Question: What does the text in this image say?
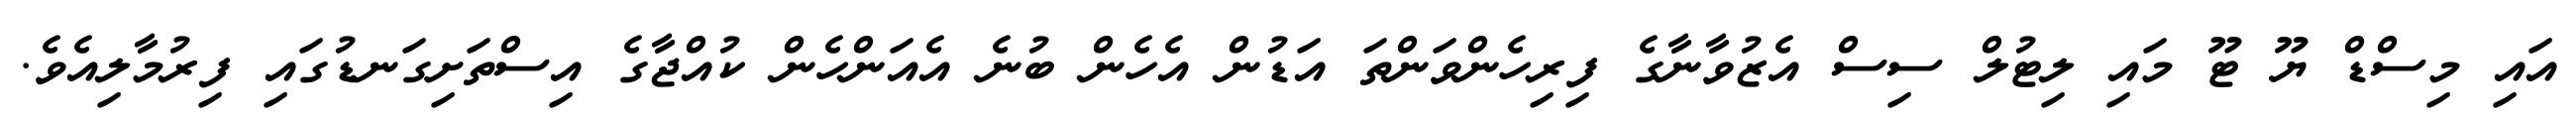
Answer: އައި މިސްޑް ޔޫ ޓޫ މައި ލިޓުލް ސިސް އެޒުވާނާގެ ފިރިހެންވަންތަ އަޑުން އެހެން ބުނެ އެއަންހެން ކުއްޖާގެ އިސްތަށިގަނޑުގައި ފިރުމާލިއެވެ.